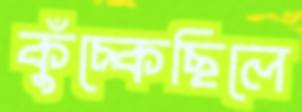
কুঁচ্‌কেছিলে